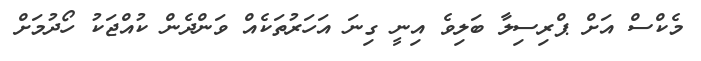
މެކްސް އަށް ޕްރިސިލާ ބަލިވެ އިނީ ގިނަ އަހަރުތަކެއް ވަންދެން ކުއްޖަކު ހޯދުމަށް